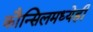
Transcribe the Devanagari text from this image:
कौन्सिलमध्येही